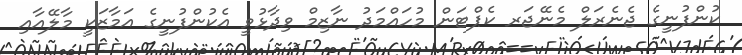
ކުންފުނީގެ ޖެނެރަލް މެނޭޖަރ ކެޕްޓަން މުހައްމަދު ނާޒިމް ވިދާޅުވީ އެކުންފުނީގެ އަމާޒަކީ މާލޭއާއި